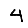
Digit: 4